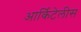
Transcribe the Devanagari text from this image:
आर्किटेलीस